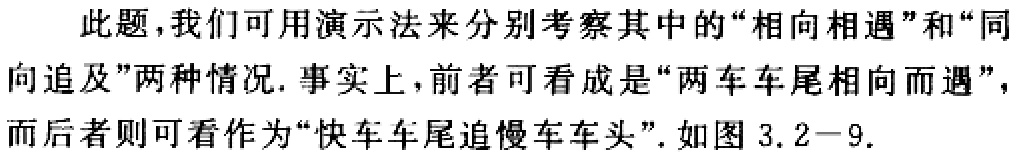
此题，我们可用演示法来分别考察其中的“相向相遇”和“同
向追及”两种情况. 事实上，前者可看成是“两车车尾相向而遇”，
而后者则可看作为“快车车尾追慢车车头”. 如图 3.2−9.